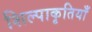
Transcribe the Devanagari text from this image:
शिल्पाकृतियाँ